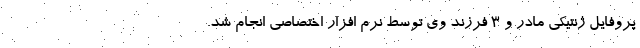
پروفایل ژنتیکی مادر و ۳ فرزند وی توسط نرم افزار اختصاصی انجام شد.